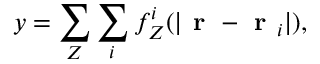
y = \sum _ { Z } \sum _ { i } f _ { Z } ^ { i } ( | \textbf { r } - \textbf { r } _ { i } | ) ,